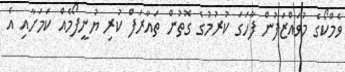
ވެމްކޯގެ މުވައްޒަފުން ފާހަގަ ކުރުމުގެ ގޮތުން ތައާރަފް ކުރި ޔުނީފޯމެއް ކަމަށާއި އެ